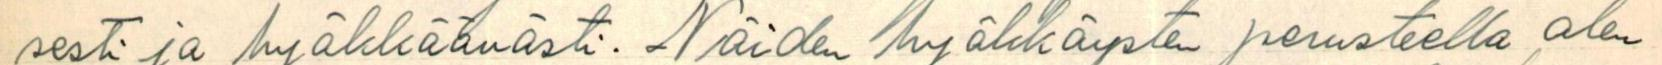
sesti ja hyökkäävästi. Näiden hyökkäysten perusteella olen